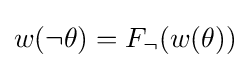
w(\neg \theta )=F_{\neg }(w(\theta ))